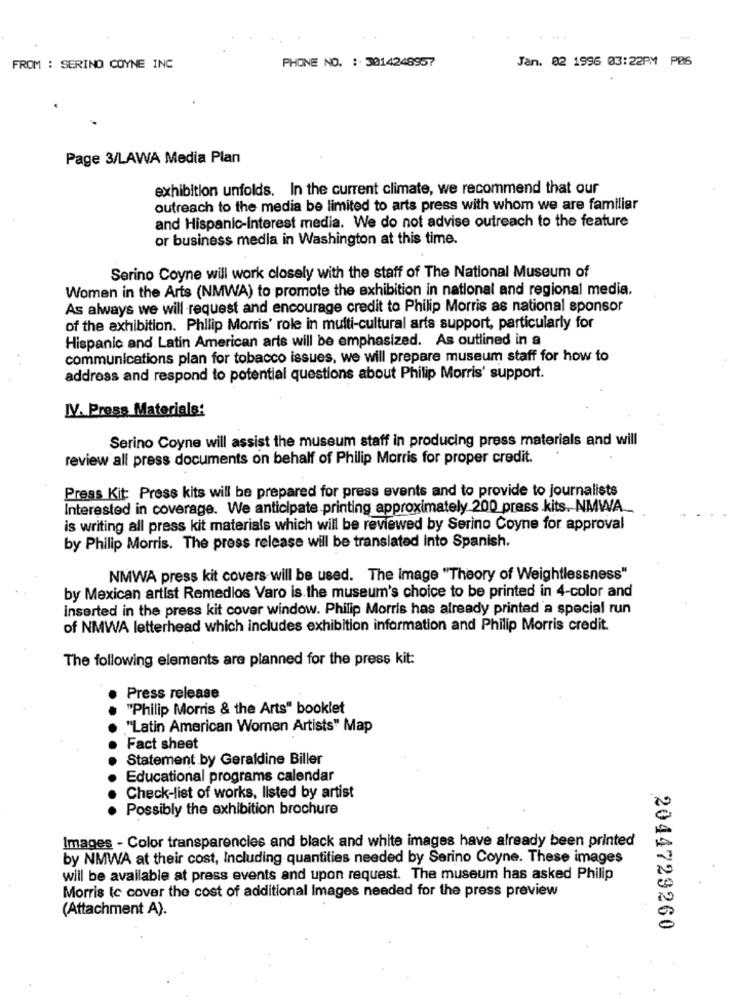
Jan. 02 1996 03:22PM PØS
FROM : SERINO COYNE INC
PHONE NO. : 3014248957
Page 3/LAWA Media Plan
exhibition unfolds. In the current climate, we recommend that our
outreach to the media be limited to arts press with whom we are familiar
and Hispanic-Interest media. We do not advise outreach to the feature
or business media in Washington at this time.
Serino Coyne will work closely with the staff of The National Museum of
Women in the Arts (NMWA) to promote the exhibition in national and regional media.
As always we will request and encourage credit to Philip Morris as national sponsor
of the exhibition. Philip Morris' role in multi-cultural arts support, particularly for
Hispanic and Latin American arts will be emphasized. As outlined in a
communications plan for tobacco issues, we will prepare museum staff for how to
address and respond to potential questions about Philip Morris' support.
IV. Press Materials:
Serino Coyne will assist the museum staff in producing press materials and will
review all press documents on behalf of Philip Morris for proper credit.
Press Kit: Press kits will be prepared for press events and to provide to journalists
Interested in coverage. We anticipate.printing approximately 200 press kits. NMWA __
is writing all press kit materials which will be reviewed by Serino Coyne for approval
by Philip Morris. The press release will be translated into Spanish.
NMWA press kit covers will be used. The image "Theory of Weightlessness"
by Mexican artist Remedios Varo is the museum's choice to be printed in 4-color and
inserted in the press kit cover window. Philip Morris has already printed a special run
of NMWA letterhead which includes exhibition information and Philip Morris credit.
The following elements are planned for the press kit:
Press release
"Philip Morris & the Arts" booklet
"Latin American Women Artists" Map
Fact sheet
Statement by Geraldine Biller
Educational programs calendar
Check-list of works, listed by artist
Possibly the exhibition brochure
Images - Color transparencies and black and white images have already been printed
by NMWA at their cost, Including quantities needed by Serino Coyne. These images
will be available at press events and upon request. The museum has asked Philip
Morris Ic cover the cost of additional Images needed for the press preview
(Attachment A).
2044729260